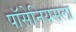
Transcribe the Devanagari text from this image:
पॉसेनियसला